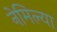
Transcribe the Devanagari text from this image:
नेमिल्या